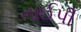
તાઈપી